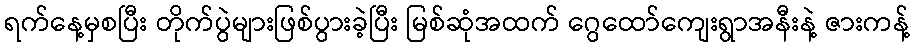
ရက်နေ့မှစပြီး တိုက်ပွဲများဖြစ်ပွားခဲ့ပြီး မြစ်ဆုံအထက် ဂွေထော်ကျေးရွာအနီးနဲ့ ဇားကန့်